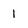
Character: 1